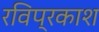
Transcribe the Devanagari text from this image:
रविप्रकाश